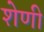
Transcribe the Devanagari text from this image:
शेणी